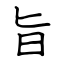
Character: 旨